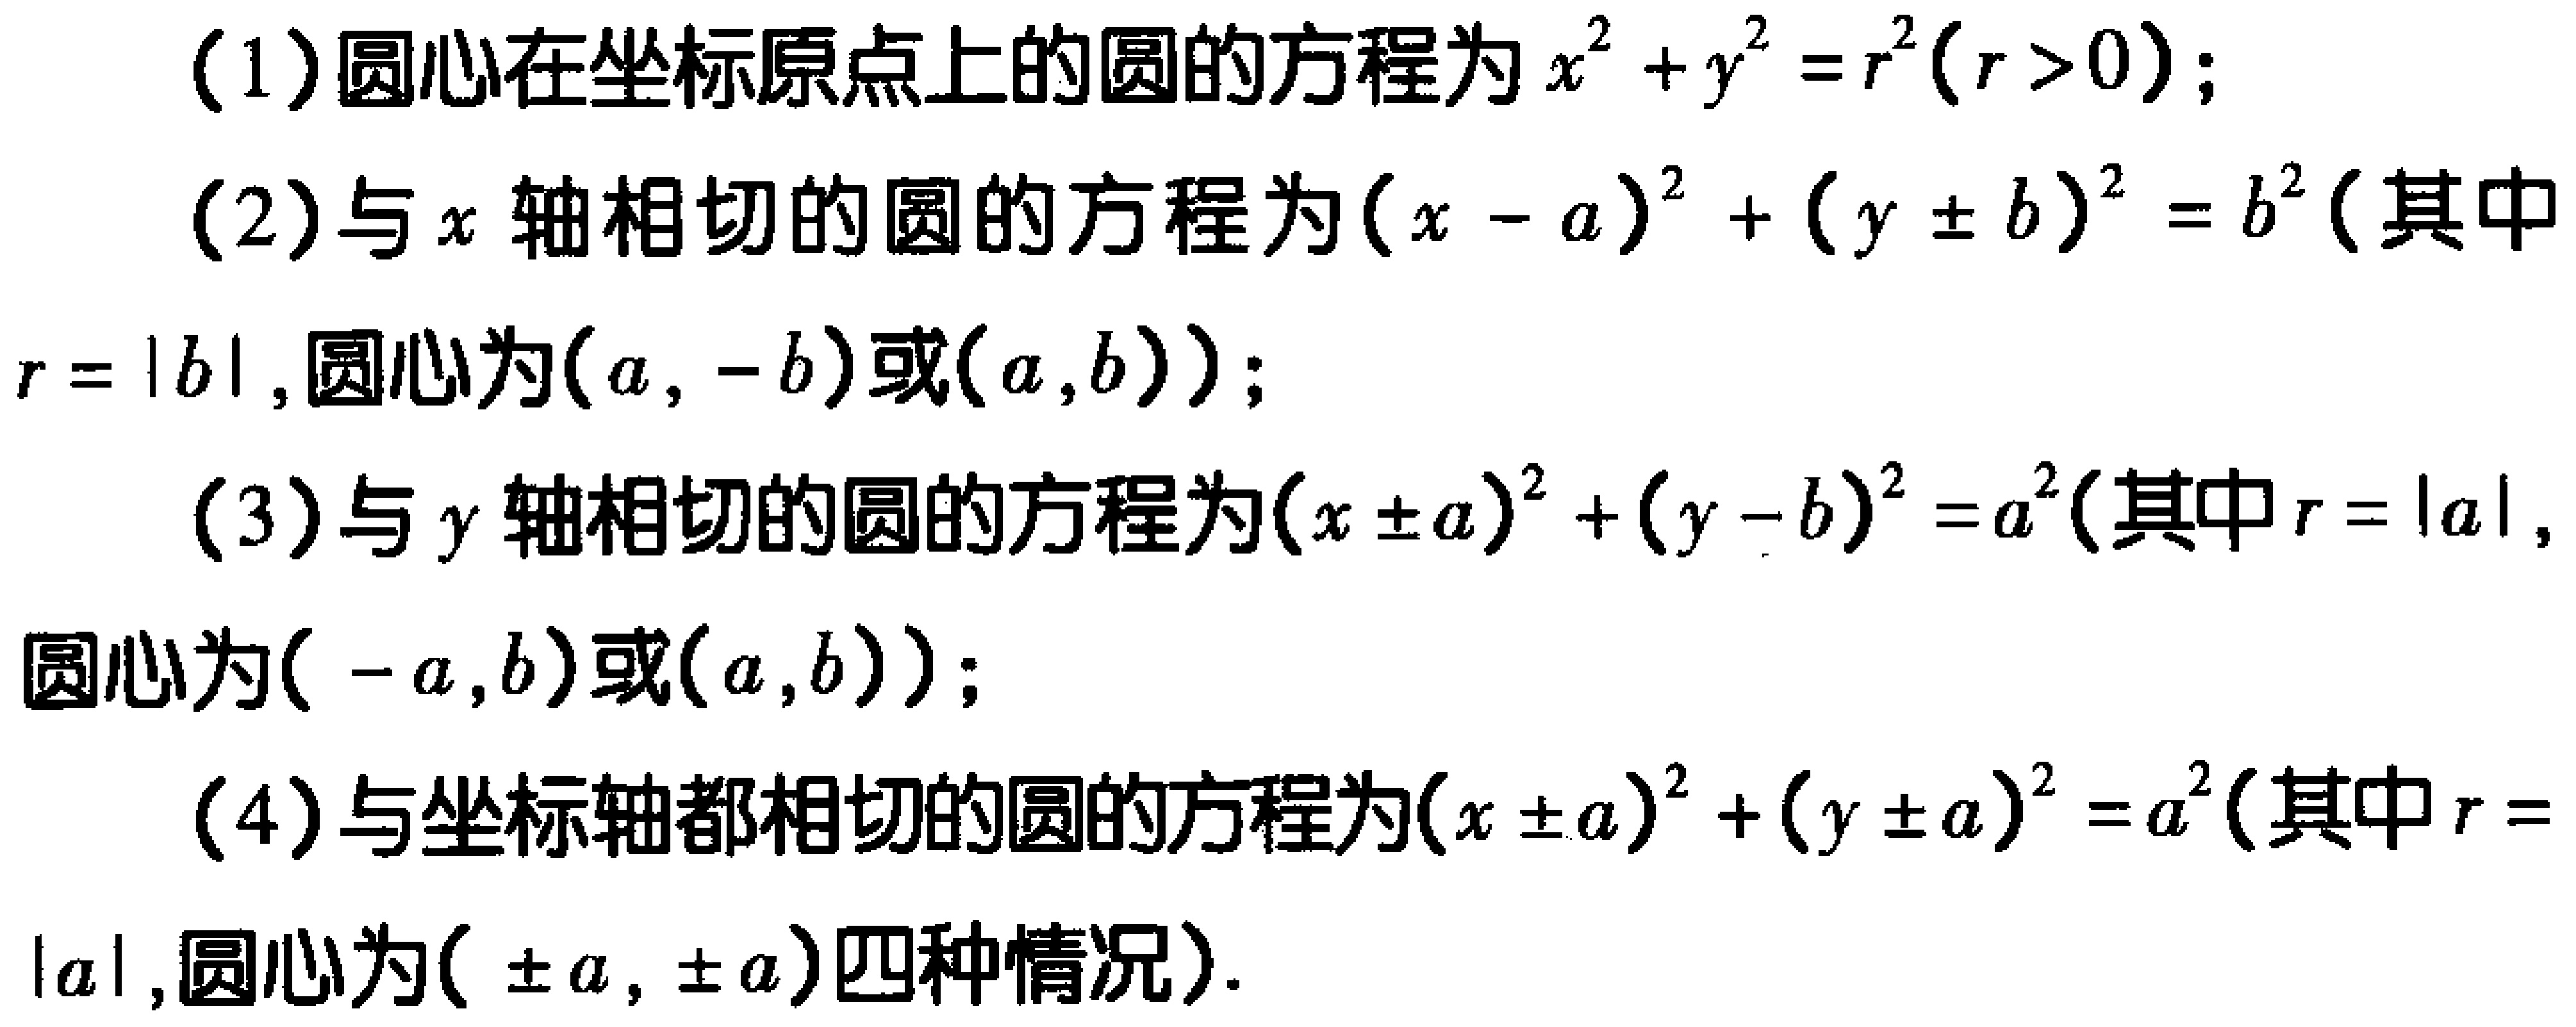
(1) 圆心在坐标原点上的圆的方程为 \(x^{2}+y^{2}=r^{2}(r > 0)\)；
(2) 与 \(x\) 轴相切的圆的方程为 \((x - a)^{2}+(y\pm b)^{2}=b^{2}\)（其中 \(r = |b|\)，圆心为 \((a, -b)\) 或 \((a,b)\)）；
(3) 与 \(y\) 轴相切的圆的方程为 \((x\pm a)^{2}+(y - b)^{2}=a^{2}\)（其中 \(r = |a|\)，圆心为 \((-a,b)\) 或 \((a,b)\)）；
(4) 与坐标轴都相切的圆的方程为 \((x\pm a)^{2}+(y\pm a)^{2}=a^{2}\)（其中 \(r = |a|\)，圆心为 \((\pm a,\pm a)\) 四种情况）.